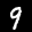
Label: 9